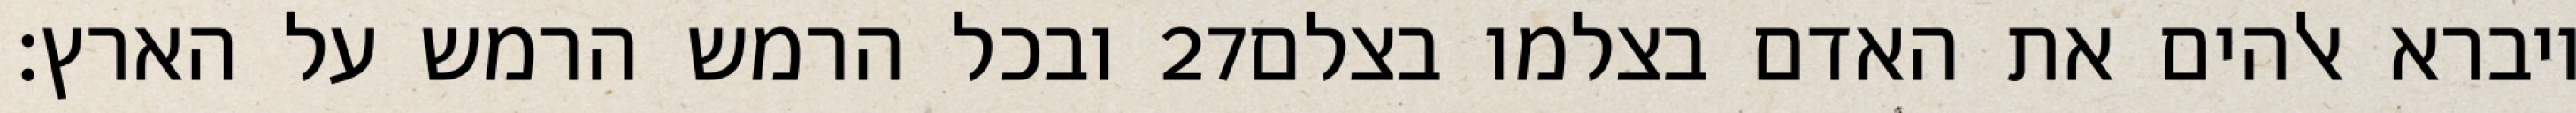
ובכל הרמש הרמש על הארץ׃ ‎27‏ ויברא אלהים את האדם בצלמו בצלם